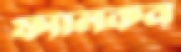
ফ্যালকন